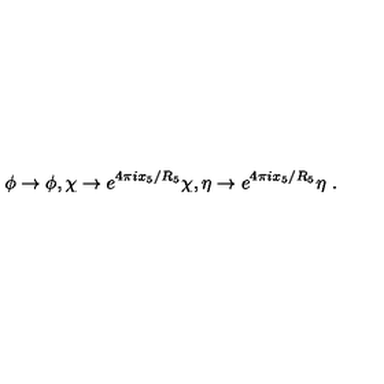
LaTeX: \phi \rightarrow \phi , \chi \rightarrow e ^ { 4 \pi i x _ { 5 } / R _ { 5 } } \chi , \eta \rightarrow e ^ { 4 \pi i x _ { 5 } / R _ { 5 } } \eta \ .